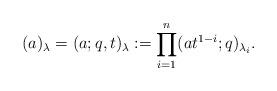
LaTeX: \begin{align*} (a)_\lambda=(a; q, t)_\lambda := \prod_{i=1}^{n} (at^{1-i}; q)_{\lambda_i} .\end{align*}